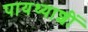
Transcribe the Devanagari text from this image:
पायथ्याशीं